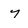
Character: 7